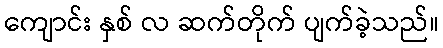
ကျောင်း နှစ် လ ဆက်တိုက် ပျက်ခဲ့သည်။